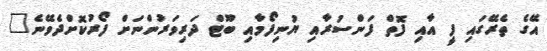
އޭގެ ތެރޭގައި ފީ އާއި ފޮތް ފަންސުރާއި ޔުނިފޯމާއި ބޫޓް ދަރިވަރުންނަށް ފޯރުކޮށްދެވޭނެ"